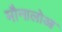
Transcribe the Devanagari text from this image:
मौनालोआ